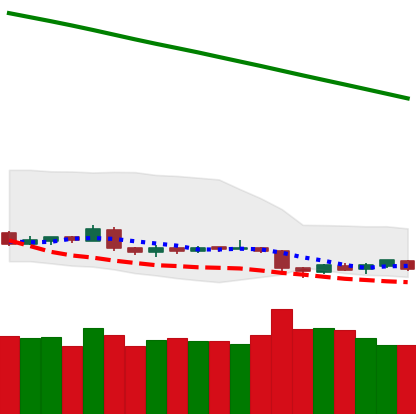
Ticker: BTC-USD
Chart end date: 2019-02-03
Forward return: 5.853%
Label: up_5_7